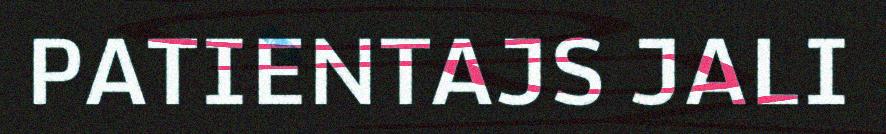
PATIENTAJS JALI